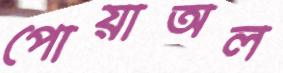
পোয়াঅল